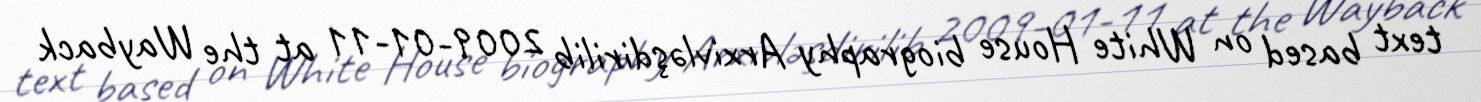
text based on White House biography Arxivləşdirilib 2009-01-11 at the Wayback